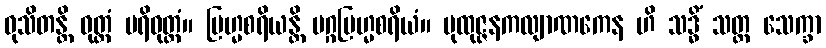
ဝုသိတန္တိ ဝုတ္ထံ ပရိဝုတ္ထံ။ ဗြဟ္မစရိယန္တိ မဂ္ဂဗြဟ္မစရိယံ။ ပုထုဇ္ဇနကလျာဏကေန ဟိ သဒ္ဓိံ သတ္တ သေက္ခာ